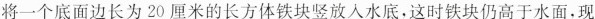
将一个底面边长为20厘米的长方体铁块竖放入水底，这时铁块仍高于水面，现